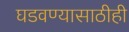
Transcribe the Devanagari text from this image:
घडवण्यासाठीही